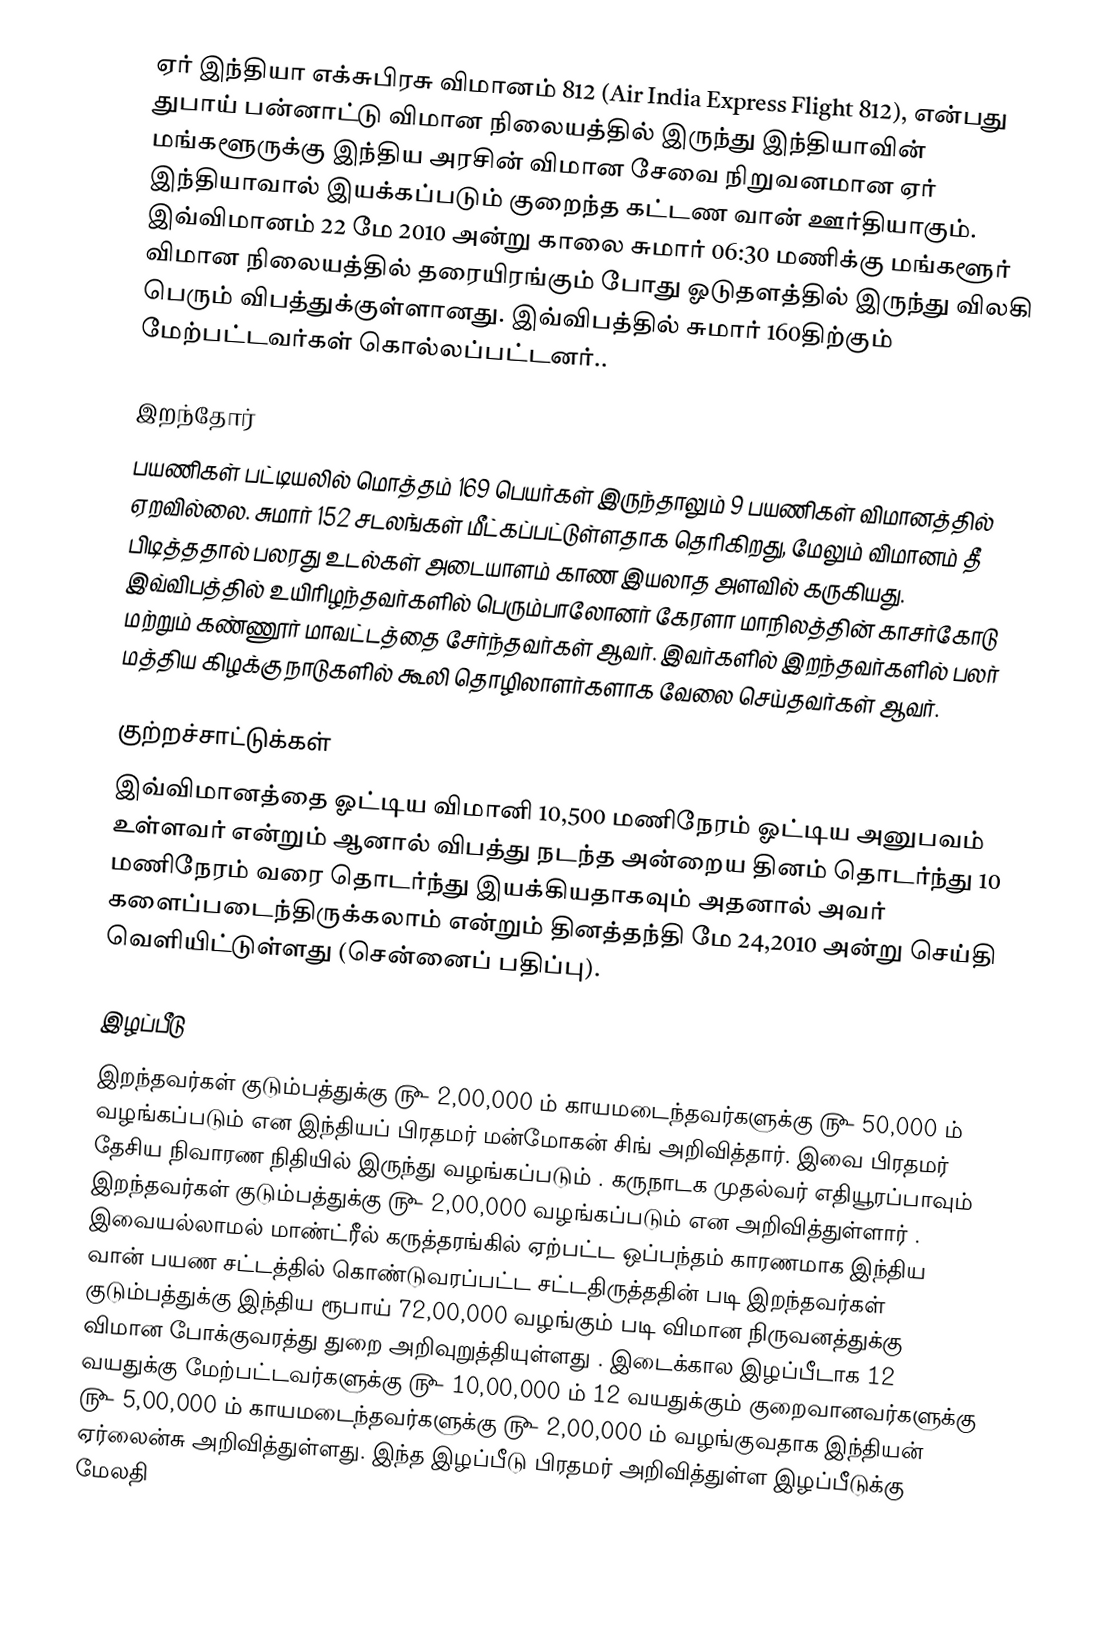
ஏர் இந்தியா எக்சுபிரசு  விமானம் 812 (Air India Express Flight 812), என்பது துபாய் பன்னாட்டு விமான நிலையத்தில் இருந்து இந்தியாவின் மங்களூருக்கு இந்திய அரசின் விமான சேவை நிறுவனமான ஏர் இந்தியாவால் இயக்கப்படும் குறைந்த கட்டண வான் ஊர்தியாகும். இவ்விமானம் 22 மே 2010 அன்று காலை சுமார் 06:30 மணிக்கு மங்களூர் விமான நிலையத்தில் தரையிரங்கும் போது ஓடுதளத்தில் இருந்து விலகி பெரும் விபத்துக்குள்ளானது. இவ்விபத்தில் சுமார் 160திற்கும் மேற்பட்டவர்கள் கொல்லப்பட்டனர்..

இறந்தோர்
பயணிகள் பட்டியலில் மொத்தம் 169  பெயர்கள் இருந்தாலும் 9 பயணிகள் விமானத்தில் ஏறவில்லை. சுமார் 152 சடலங்கள்  மீட்கப்பட்டுள்ளதாக தெரிகிறது, மேலும் விமானம் தீ பிடித்ததால் பலரது உடல்கள் அடையாளம் காண இயலாத அளவில் கருகியது. இவ்விபத்தில்  உயிரிழந்தவர்களில் பெரும்பாலோனர் கேரளா மாநிலத்தின் காசர்கோடு மற்றும்  கண்ணூர் மாவட்டத்தை சேர்ந்தவர்கள் ஆவர். இவர்களில்  இறந்தவர்களில் பலர் மத்திய கிழக்கு நாடுகளில் கூலி தொழிலாளர்களாக வேலை  செய்தவர்கள் ஆவர்.

குற்றச்சாட்டுக்கள்
இவ்விமானத்தை ஓட்டிய விமானி 10,500 மணிநேரம் ஓட்டிய அனுபவம் உள்ளவர் என்றும் ஆனால் விபத்து நடந்த அன்றைய தினம் தொடர்ந்து 10 மணிநேரம் வரை தொடர்ந்து இயக்கியதாகவும் அதனால் அவர் களைப்படைந்திருக்கலாம் என்றும் தினத்தந்தி மே 24,2010 அன்று செய்தி வெளியிட்டுள்ளது (சென்னைப் பதிப்பு).

இழப்பீடு
இறந்தவர்கள் குடும்பத்துக்கு ௹ 2,00,000 ம் காயமடைந்தவர்களுக்கு ௹ 50,000 ம் வழங்கப்படும் என இந்தியப் பிரதமர் மன்மோகன் சிங் அறிவித்தார். இவை பிரதமர் தேசிய நிவாரண நிதியில் இருந்து வழங்கப்படும் . கருநாடக முதல்வர் எதியூரப்பாவும் இறந்தவர்கள் குடும்பத்துக்கு ௹ 2,00,000 வழங்கப்படும் என அறிவித்துள்ளார் . இவையல்லாமல் மாண்ட்ரீல் கருத்தரங்கில் ஏற்பட்ட ஒப்பந்தம் காரணமாக இந்திய வான் பயண சட்டத்தில் கொண்டுவரப்பட்ட சட்டதிருத்ததின் படி இறந்தவர்கள் குடும்பத்துக்கு இந்திய ரூபாய் 72,00,000 வழங்கும் படி விமான நிருவனத்துக்கு விமான போக்குவரத்து துறை அறிவுறுத்தியுள்ளது . இடைக்கால இழப்பீடாக 12 வயதுக்கு மேற்பட்டவர்களுக்கு ௹ 10,00,000 ம் 12 வயதுக்கும் குறைவானவர்களுக்கு ௹ 5,00,000 ம் காயமடைந்தவர்களுக்கு ௹ 2,00,000 ம் வழங்குவதாக இந்தியன் ஏர்லைன்சு அறிவித்துள்ளது. இந்த இழப்பீடு பிரதமர் அறிவித்துள்ள இழப்பீடுக்கு மேலதி